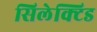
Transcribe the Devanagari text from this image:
सिलेक्टिड